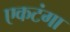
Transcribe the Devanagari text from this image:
एकटंगा